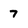
Character: 7